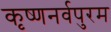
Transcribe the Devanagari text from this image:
कृष्णनर्वपुरम